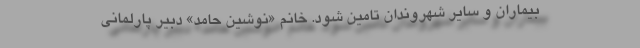
بیماران و سایر شهروندان تامین شود. خانم «نوشین حامد» دبیر پارلمانی